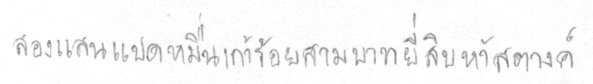
สองแสนแปดหมื่นเก้าร้อยสามบาทยี่สิบห้าสตางค์